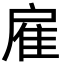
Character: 雇